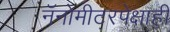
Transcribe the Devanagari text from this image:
नॅनोमीटरपेक्षाही